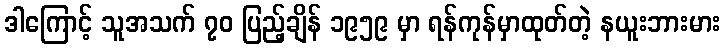
ဒါကြောင့် သူအသက် ၇၀ ပြည့်ချိန် ၁၉၅၉ မှာ ရန်ကုန်မှာထုတ်တဲ့ နယူးဘားမား